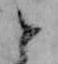
と